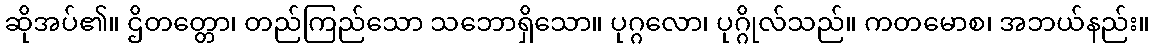
ဆိုအပ်၏။ ဌိတတ္တော၊ တည်ကြည်သော သဘောရှိသော။ ပုဂ္ဂလော၊ ပုဂ္ဂိုလ်သည်။ ကတမောစ၊ အဘယ်နည်း။